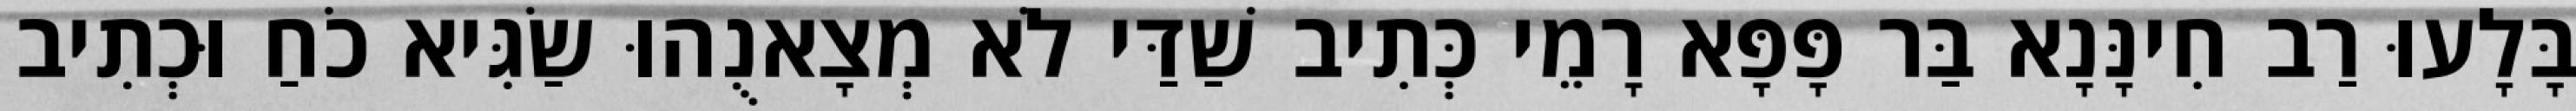
בָּלָעוּ רַב חִינָּנָא בַּר פָּפָּא רָמֵי כְּתִיב שַׁדַּי לֹא מְצָאנֻהוּ שַׂגִּיא כֹחַ וּכְתִיב